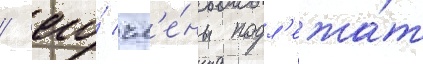
/ его́ чл'е́ны подл'ежа́т